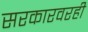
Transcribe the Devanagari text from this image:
सरकारवरही